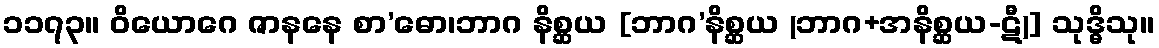
၁၁၇၃။ ဝိယောဂေ ဇာနနေ စာ’ဓော၊ဘာဂ နိစ္ဆယ [ဘာဂ’နိစ္ဆယ (ဘာဂ+အနိစ္ဆယ-ဋီ)] သုဒ္ဓိသု။